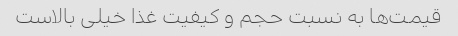
قیمت‌ها به نسبت حجم و کیفیت غذا خیلی بالاست